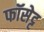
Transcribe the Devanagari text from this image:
फॉसेट्ट